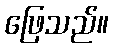
ဖြေသည်။